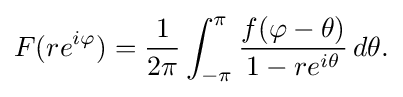
\displaystyle {F(re^{i\varphi })={1 \over 2\pi }\int _{-\pi }^{\pi }{f(\varphi -\theta ) \over 1-re^{i\theta }}\,d\theta .}